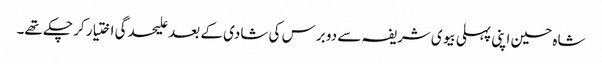
شاہ حسین اپنی پہلی بیوی شریفہ سے دو برس کی شادی کے بعد علیحدگی اختیار کر چکے تھے۔